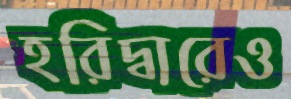
হরিদ্বারেও